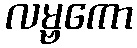
လမ္ဗကော